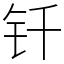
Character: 钎